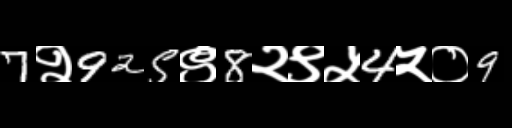
Text: 7२925९8२९५4५०9